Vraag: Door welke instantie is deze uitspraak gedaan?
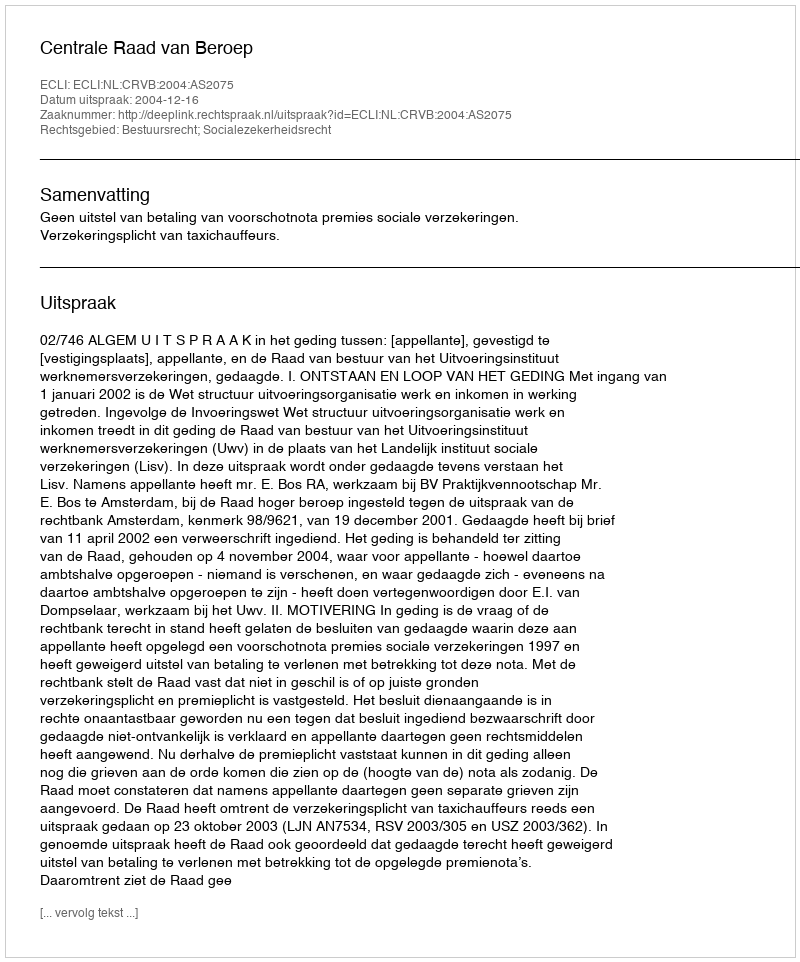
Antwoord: Centrale Raad van Beroep